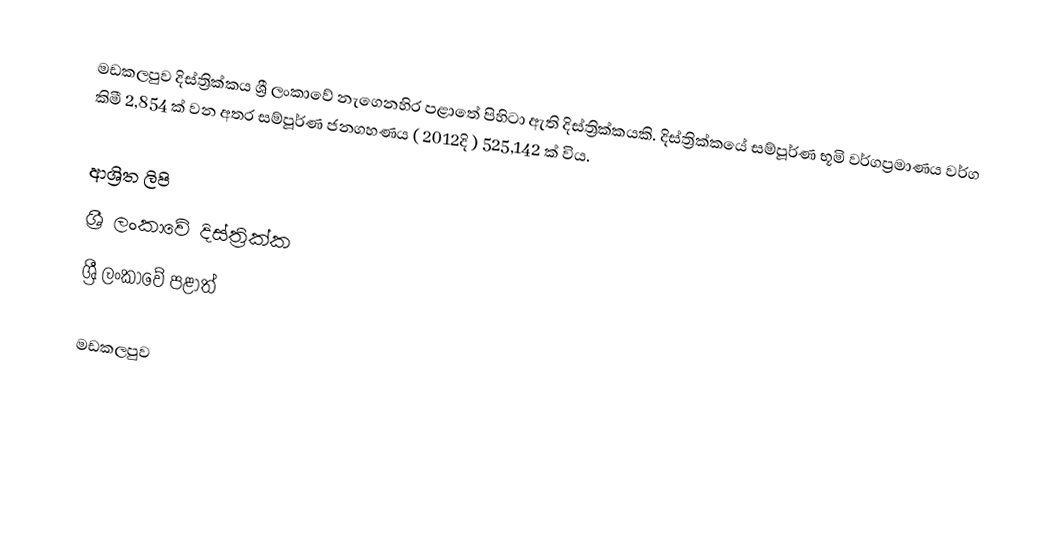
මඩකලපුව දිස්ත්‍රික්කය ශ්‍රී ලංකාවේ නැගෙනහිර පළාතේ පිහිටා ඇති දිස්ත්‍රික්කයකි. දිස්ත්‍රික්කයේ සම්පූර්ණ භූමි වර්ගප්‍රමාණය වර්ග කිමී 2,854 ක් වන අතර සම්පූර්ණ ජනගහණය ( 2012දි ) 525,142 ක් විය.

ආශ්‍රිත ලිපි
ශ්‍රී ලංකාවේ දිස්ත්‍රික්ක
ශ්‍රී ලංකාවේ පළාත්

මඩකලපුව